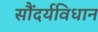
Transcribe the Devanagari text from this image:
सौंदर्यविधान